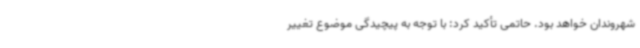
شهروندان خواهد بود. حاتمی تأکید کرد: با توجه به پیچیدگی موضوع تغییر